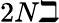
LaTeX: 2N\beth